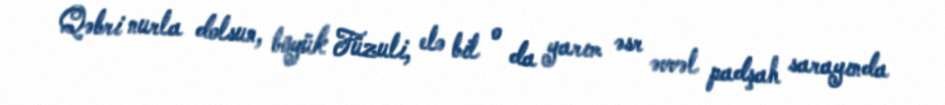
Qəbri nurla dolsun, böyük Füzuli, elə bil o da yarım əsr əvvəl padşah sarayında